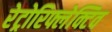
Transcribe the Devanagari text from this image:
रेट्रोरिफ्लेक्टिव